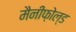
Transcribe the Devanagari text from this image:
मैनीफ़ोल्ड